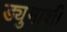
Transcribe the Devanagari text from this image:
ड्युमाशी